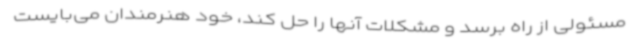
مسئولی از راه برسد و مشکلات آنها را حل کند، خود هنرمندان می‌بایست